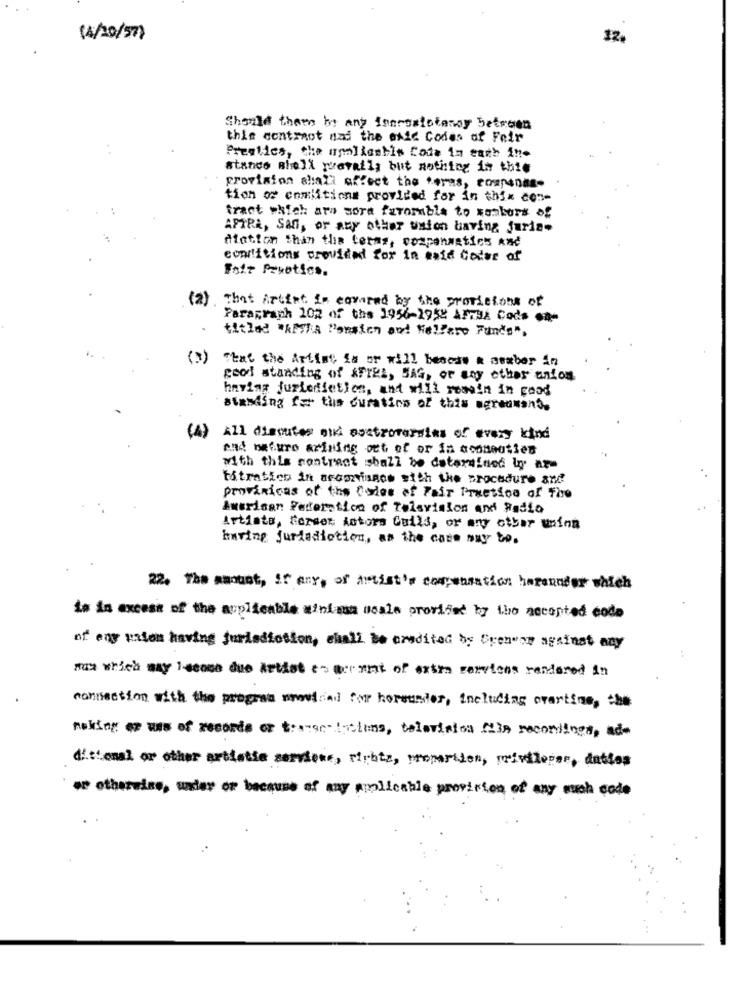
(4/10/57)
12.
Should them be any Innrostotanay between
this contract and the exis Codes of Fair
Preglies, che unaliashis Code in each ine
stanco shell wevalls but nothing in thie
provision shall affect the terms, coupons-
tion or enmiitions provided for in thix con-
tract which ar» sora favorable to sombors of
AFTRA, San, or any other usion baving furia-
diation than the terms, compensatics And
conditions provided for in maid Ceder of
Fait Pexotics.
(2) That Artist is cavared by the provisions of
Paragraph 102 of the 1956-1958 Afrik Codo -
titled "APIA Pension and Mollare Funds".
That the Artist fa or will bescas & asaber in
good standing of &FIEL, SAG, or any other anion
having furiedietien, and will remain in good
standing for the duration of this agreumano.
(4)
All disputes oud osatrovareins of every kind
and nature arining out of or in aosmeutien
with this contract shall be determined by ar
titration in accorvisnos sich the procedure an!
provinicus of the Codes of Fair Practice of The
American Federation of Television and Radio
Artists, Herser Actors Guild, or any other using
having jurisdiction, as the core muy to.
22. The amount, if any, of herist's compensation hereunder which
is in excess of the applicable minimum scale provided by tho accepted code
of eng pasem having jurisdiction, shall be credited by Grenwar against any
som which may I sense due Artist towerant of extra services rendered in
connection with the propres wouldad for horsunter, including overtime, the
making er was of records or transe- luciens, television Mia recordings, ade
dicional or other artistie servione, rightz, proportion, privileges, dattos
or otherwise, under or because of may aplicable provision of any such code